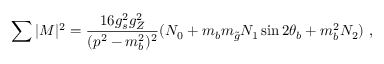
\sum | { \cal M } | ^ { 2 } = { \frac { 1 6 g _ { s } ^ { 2 } g _ { Z } ^ { 2 } } { ( p ^ { 2 } - m _ { b } ^ { 2 } ) ^ { 2 } } } ( N _ { 0 } + m _ { b } m _ { \tilde { g } } N _ { 1 } \sin 2 \theta _ { b } + m _ { b } ^ { 2 } N _ { 2 } ) \ ,